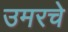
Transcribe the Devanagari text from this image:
उमरचे